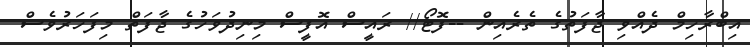
އިބްރާހިމް ދެއްވި ޖާފަތުގެ ތެރެއިން --ފޮޓޯ// ރައީސް އޮފީސް މިނިދުވަހުގެ ޖާފަތް މިފަހަރުވެސް